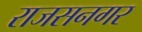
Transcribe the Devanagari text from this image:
राजसनगर